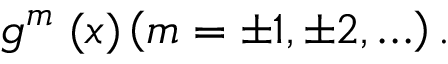
g ^ { m } \; ( x ) \left( m = \pm 1 , \pm 2 , \ldots \right) .